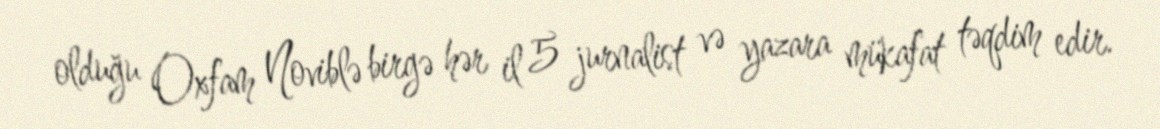
olduğu Oxfam Noviblə birgə hər il 5 jurnalist və yazara mükafat təqdim edir.